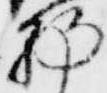
朝